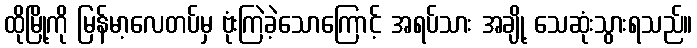
ထိုမြို့ကို မြန်မာ့လေတပ်မှ ဗုံးကြဲခဲ့သောကြောင့် အရပ်သား အချို့ သေဆုံးသွားရသည်။